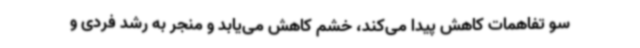
سو تفاهمات کاهش پیدا می‌کند، خشم کاهش می‌یابد و منجر به رشد فردی و